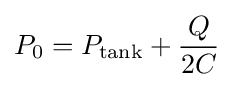
P_{0}=P_{\text{tank}}+{\frac {Q}{2C}}